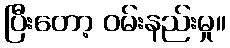
ပြီးတော့ ဝမ်းနည်းမှု။